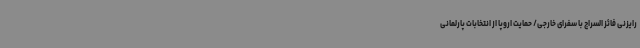
رایزنی فائز السراج با سفرای خارجی/ حمایت اروپا از انتخابات پارلمانی